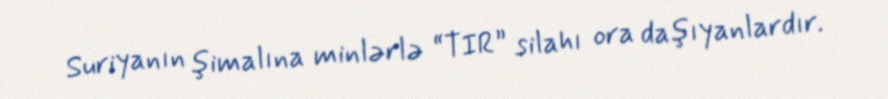
Suriyanın şimalına minlərlə “TIR” silahı ora daşıyanlardır.